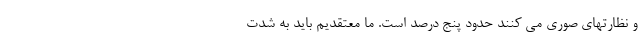
و نظارتهای صوری می کنند حدود پنج درصد است. ما معتقدیم باید به شدت